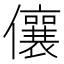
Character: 儴